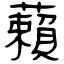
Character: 藾